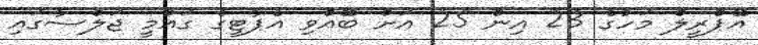
އޭޕްރީލް މަހުގެ 23 އިން 25 އަށް ބޭއްވި އެޕާޓީގެ ގައުމީ ޖަލްސާގައި